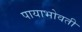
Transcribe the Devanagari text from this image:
पायाभोवती